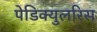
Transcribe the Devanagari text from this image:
पेडिक्युलरिस